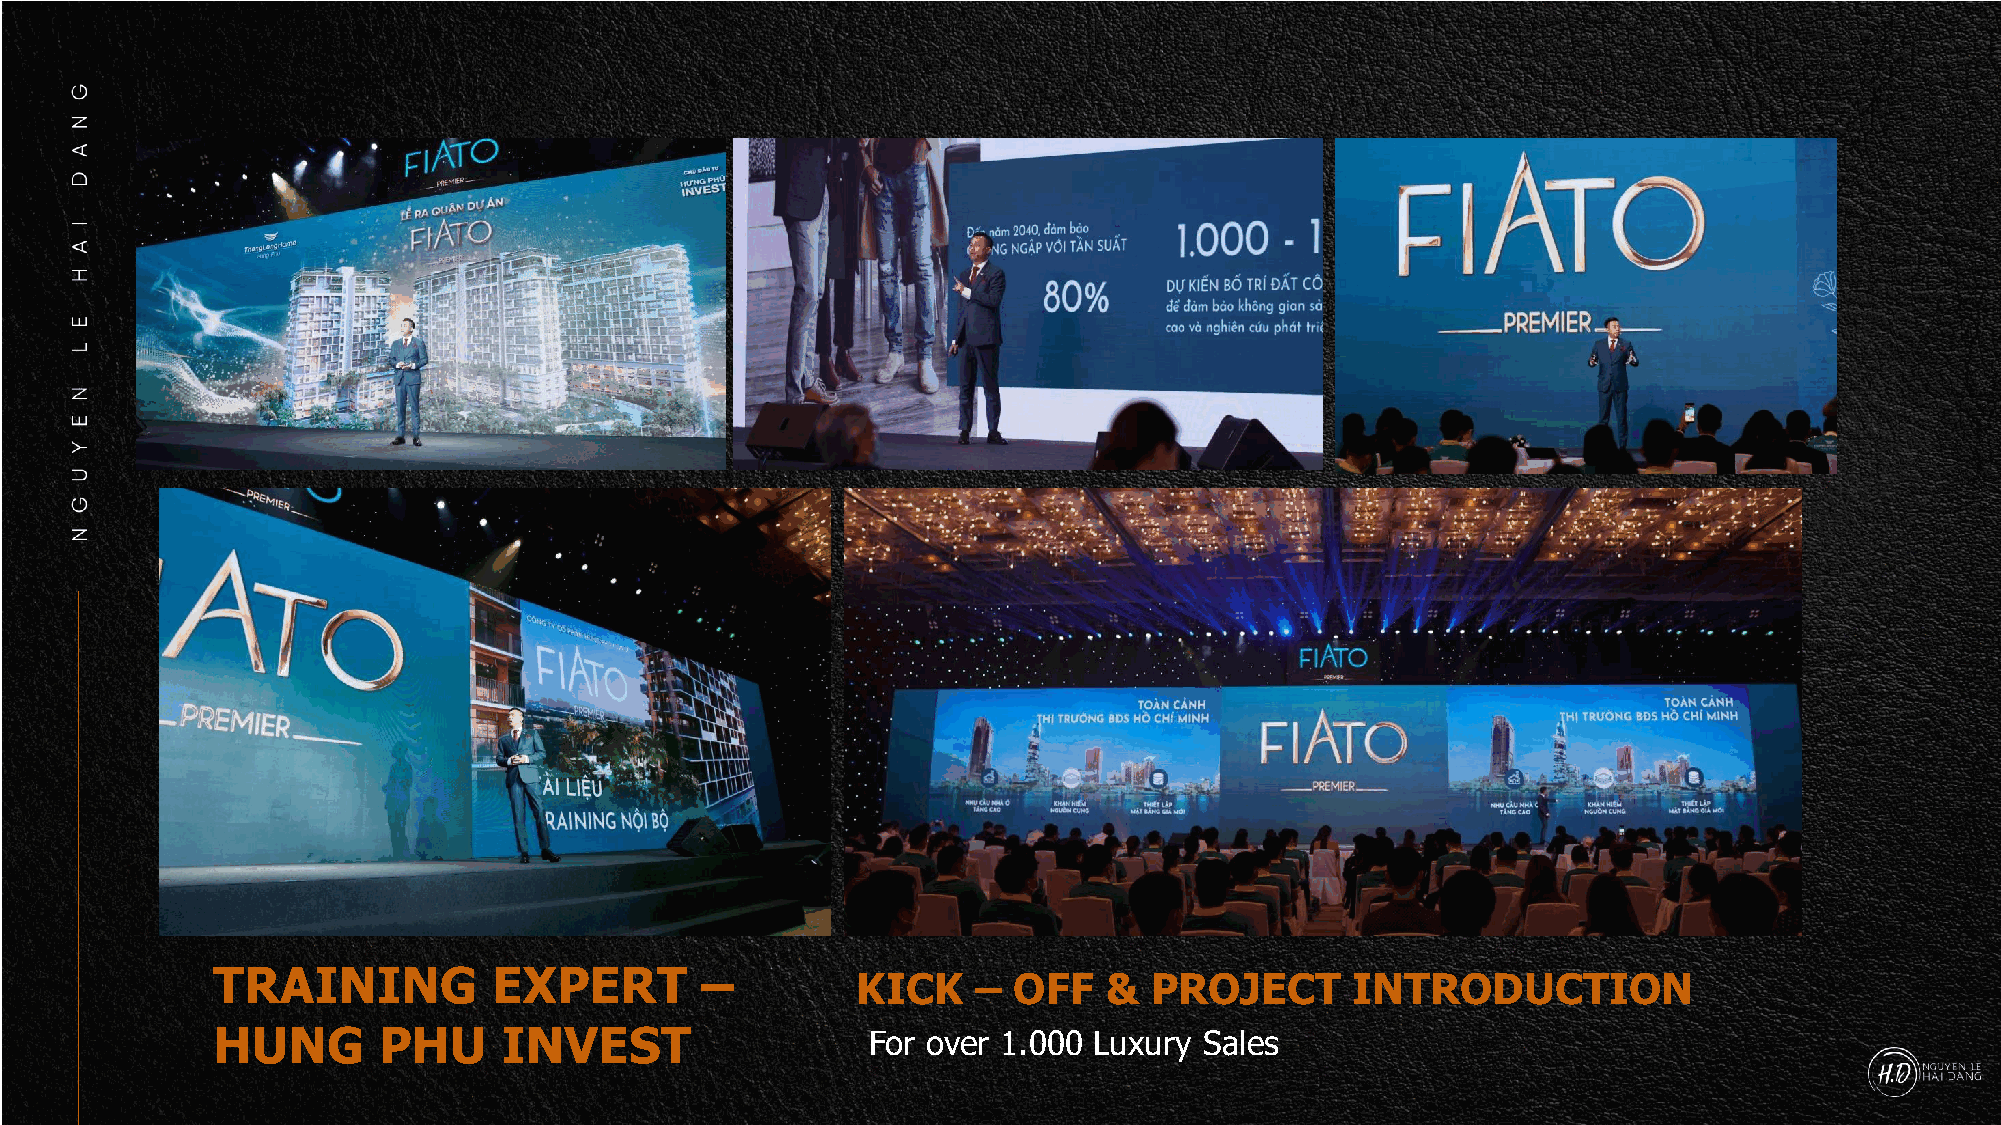
TRAINING           EXPERT       –
 KICK   –  OFF   &  PROJECT       INTRODUCTION
 HUNG       PHU     INVEST                  For over 1.000 Luxury  Sales